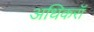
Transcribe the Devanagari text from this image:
अधिकरॉ